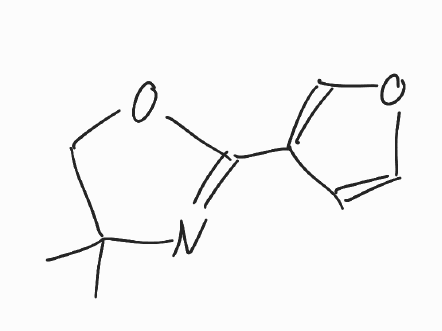
Simplified molecular-input line-entry system (SMILES) notation of the given molecule:
CC1(COC(=N1)C2=COC=C2)C